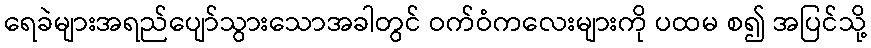
ရေခဲများအရည်ပျော်သွားသောအခါတွင် ဝက်ဝံကလေးများကို ပထမ စ၍ အပြင်သို့